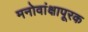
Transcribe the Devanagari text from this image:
मनोवांक्षापूरक